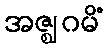
အဇ္ဈဂမိံ